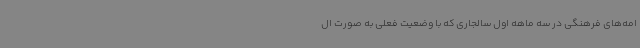
امه‌های فرهنگی در سه ماهه اول سالجاری که با وضعیت فعلی به صورت ال